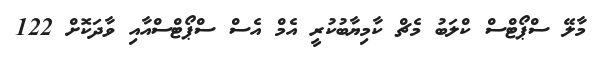
މާލޭ ސްޕޯޓްސް ކްލަބު މެޗް ކާމިޔާބުކުރީ އެމް އެސް ސްޕޯޓްސްއާއި ވާދަކޮށް 122